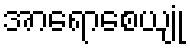
အာရောစေယျုံ